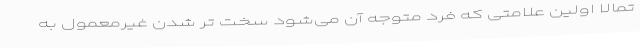
تمالاً اولین علامتی که فرد متوجه آن می‌شود سخت تر شدن غیرمعمول به